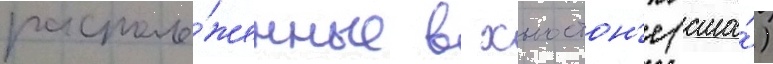
располо́женные в хьюстон'е (сша́)